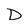
Character: D